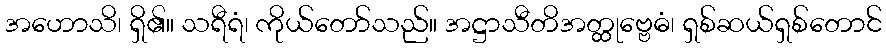
အဟောသိ၊ ရှိ၏။ သရီရံ၊ ကိုယ်တော်သည်။ အဋ္ဌာသီတိအတ္ထုဗ္ဗေဓံ၊ ရှစ်ဆယ်ရှစ်တောင်